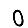
Digit: 0